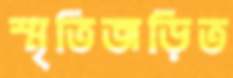
স্মৃতিজড়িত